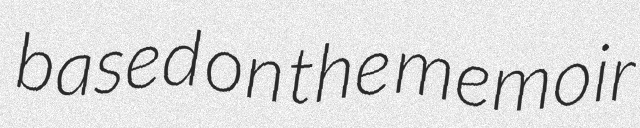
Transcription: based on the memoir